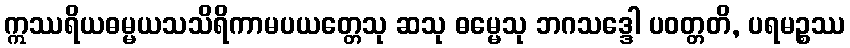
ဣဿရိယဓမ္မယသသိရိကာမပယတ္တေသု ဆသု ဓမ္မေသု ဘဂသဒ္ဒေါ ပဝတ္တတိ, ပရမဉ္စဿ